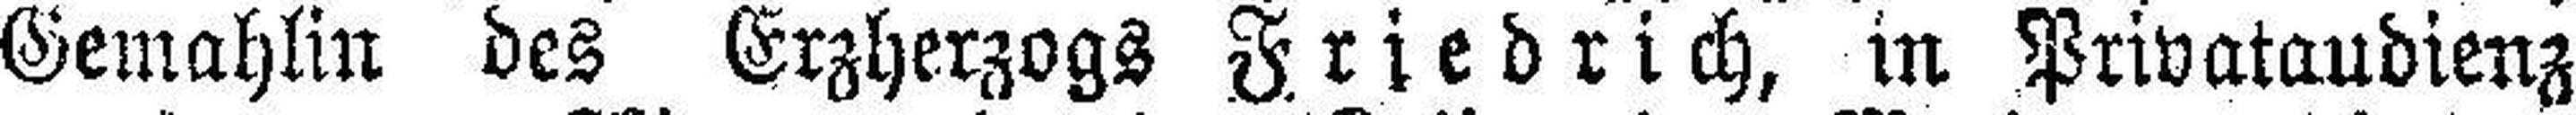
Gemahlin des Erzherzogs Friedrich, in Privataudienz